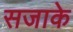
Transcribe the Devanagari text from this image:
सजाके